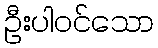
ဦးပါဝင်သော